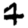
Digit: 4